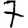
Digit: 7